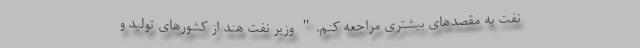
نفت به مقصدهای بیشتری مراجعه کنم." وزیر نفت هند از کشورهای تولید و